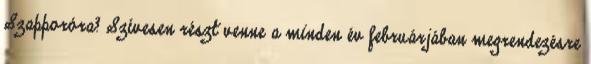
Szapporóra? Szívesen részt venne a minden év februárjában megrendezésre